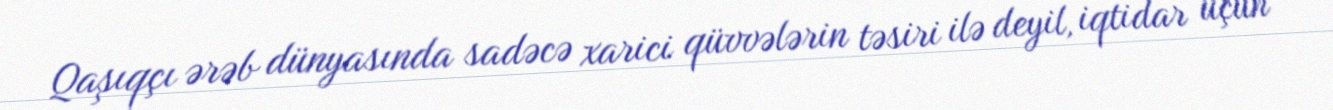
Qaşıqçı ərəb dünyasında sadəcə xarici qüvvələrin təsiri ilə deyil, iqtidar üçün